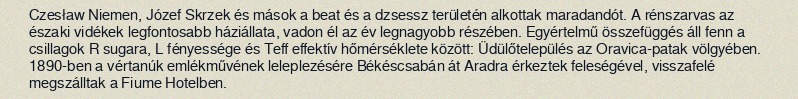
Czesław Niemen, Józef Skrzek és mások a beat és a dzsessz területén alkottak maradandót. A rénszarvas az északi vidékek legfontosabb háziállata, vadon él az év legnagyobb részében. Egyértelmű összefüggés áll fenn a csillagok R sugara, L fényessége és Teff effektív hőmérséklete között: Üdülőtelepülés az Oravica-patak völgyében. 1890-ben a vértanúk emlékművének leleplezésére Békéscsabán át Aradra érkeztek feleségével, visszafelé megszálltak a Fiume Hotelben.